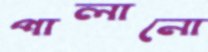
পালানো